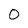
Character: 0